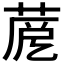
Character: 𦲳